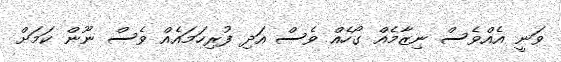
ވަނީ އެއްވެސް ނިޒާމެއް ގޯހެއް ވެެސް އަދި ފުރިހަމައެއް ވެސް ނޫން ކަމަށް